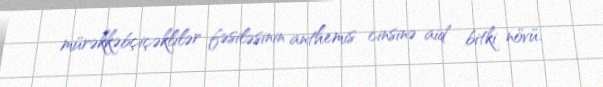
mürəkkəbçiçəklilər fəsiləsinin anthemis cinsinə aid bitki növü.